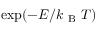
\exp ( - E / k _ { \mathrm { ~ B ~ } } T )